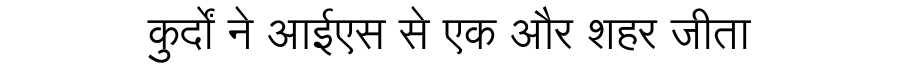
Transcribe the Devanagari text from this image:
कुर्दों ने आईएस से एक और शहर जीता